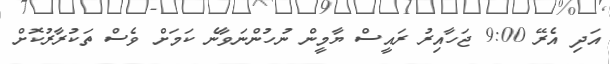
އަދި އެރޭ 9:00 ޖަހާއިރު ރައީސް ޔާމީން ނުހުންނަވާނެ ކަމަށް ވެސް ތަކުރާރުކޮށް